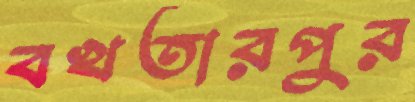
বখতারপুর